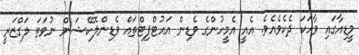
މީޑިއާގައި ވާހަކަ ދެކެވެއެވެ. އެއީ އެމީހުންގެ ވެޑިން އައުޓްފިޓްތައް ވެޑިންލޮކޭޝަން ނުވަތަ ލަގްޒަރީ